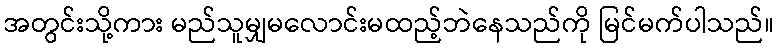
အတွင်းသို့ကား မည်သူမျှမလောင်းမထည့်ဘဲနေသည်ကို မြင်မက်ပါသည်။